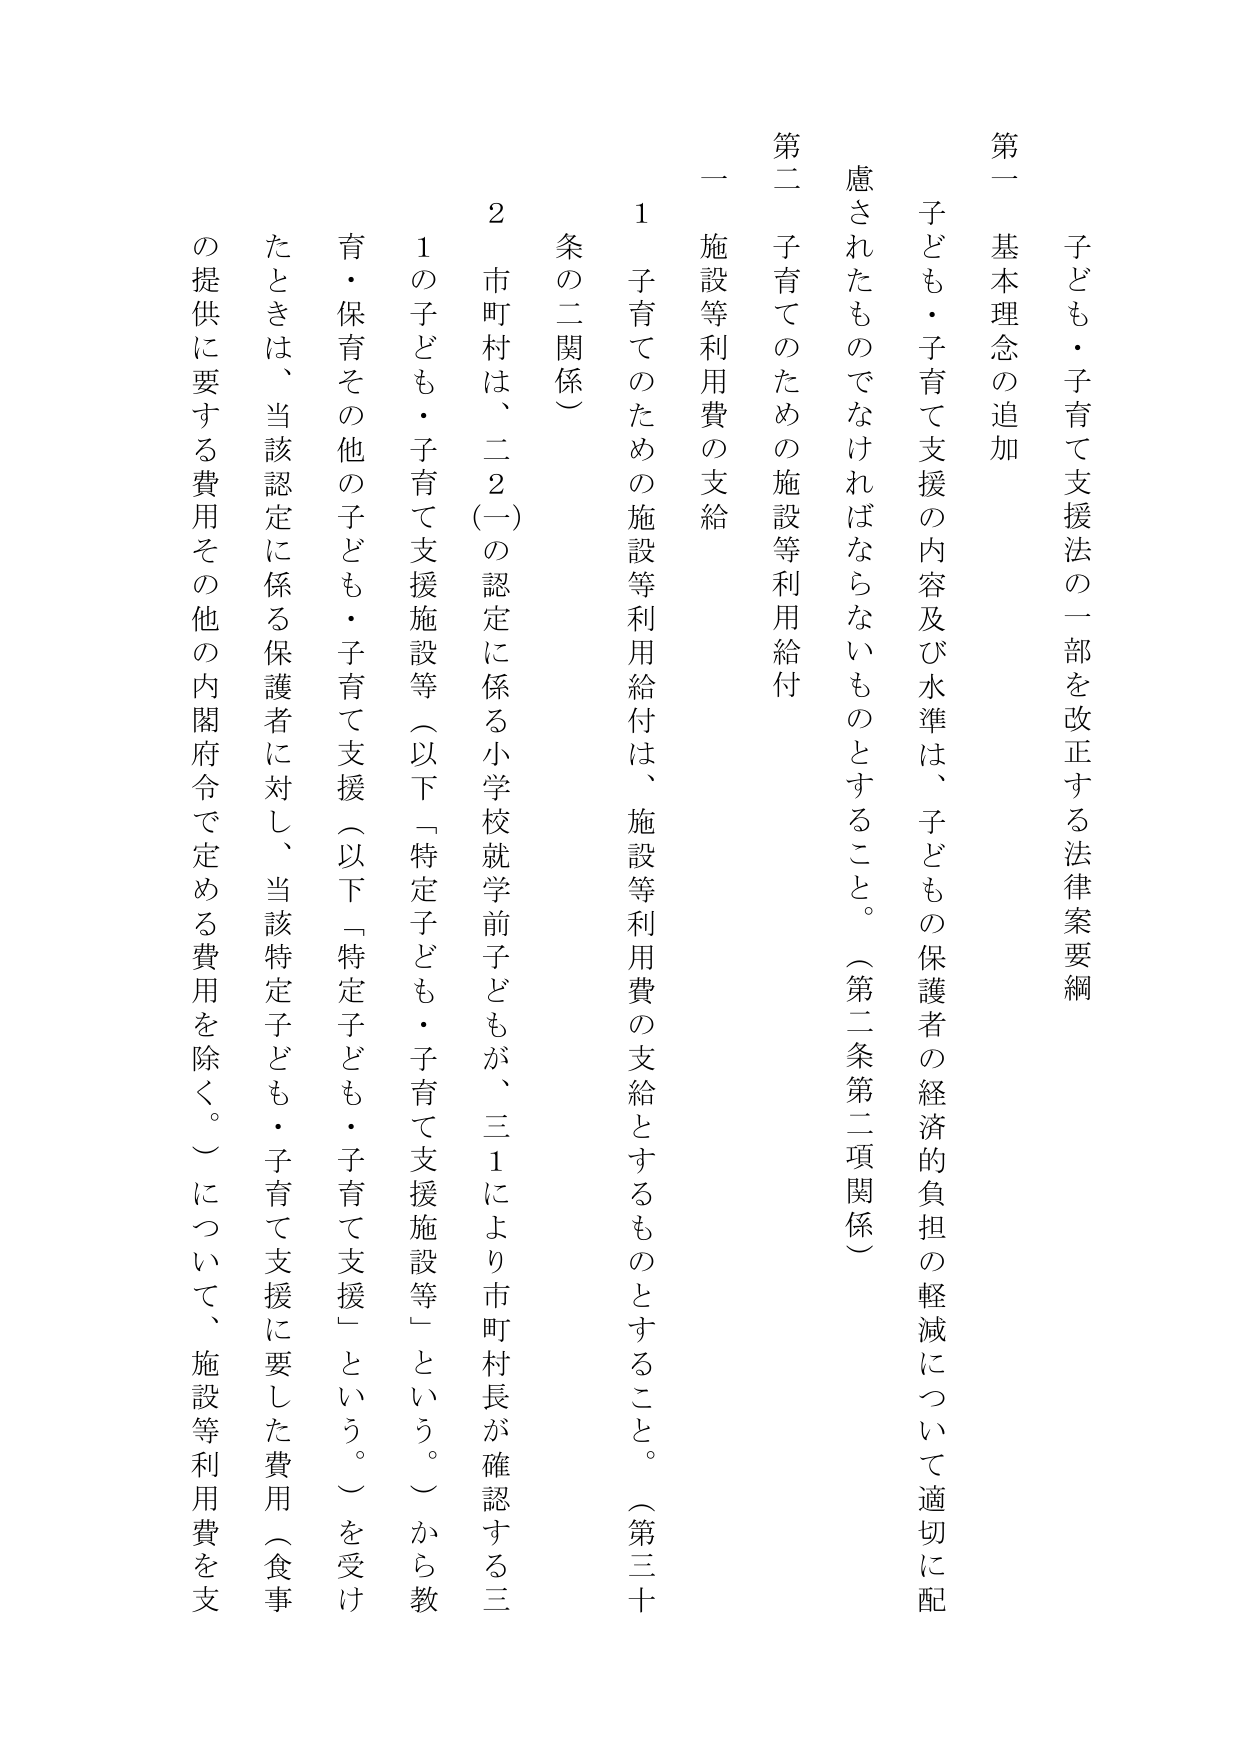
子ども・子育て支援法の一部を改正する法律案要綱

第一 基本理念の追加

子ども・子育て支援の内容及び水準は、子どもの保護者の経済的負担の軽減について適切に配慮されたものでなければならないものとすること。（第二条第二項関係）

第二 子育てのための施設等利用給付

一 施設等利用費の支給

1 子育てのための施設等利用給付は、施設等利用費の支給とするものとすること。（第三十条の二関係）

2 市町村は、二２（一）の認定に係る小学校就学前子どもが、三１により市町村長が確認する三１の子ども・子育て支援施設等（以下「特定子ども・子育て支援施設等」という。）から教育・保育その他の子ども・子育て支援（以下「特定子ども・子育て支援」という。）を受けたときは、当該認定に係る保護者に対し、当該特定子ども・子育て支援に要した費用（食事の提供に要する費用その他の内閣府令で定める費用を除く。）について、施設等利用費を支